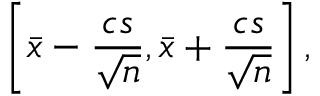
\left[ { \bar { x } } - { \frac { c s } { \sqrt { n } } } , { \bar { x } } + { \frac { c s } { \sqrt { n } } } \right] ,